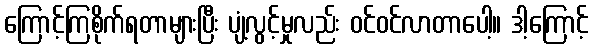
ကြောင့်ကြစိုက်ရတာများပြီး ပျံ့လွင့်မှုလည်း ဝင်ဝင်လာတာပေါ့။ ဒါ့ကြောင့်